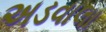
અડવાલા